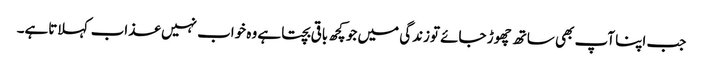
جب اپنا آپ بھی ساتھ چھوڑ جائے توزندگی میں جو کچھ باقی بچتا ہے وہ خواب نہیں عذاب کہلاتاہے۔